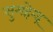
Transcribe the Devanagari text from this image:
सुमहेन्द्र